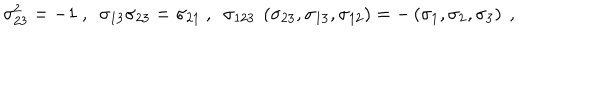
\sigma _ { 2 3 } ^ { 2 } = - 1 ~ , ~ ~ \sigma _ { 1 3 } \sigma _ { 2 3 } = \sigma _ { 2 1 } ~ , ~ ~ \sigma _ { 1 2 3 } ~ \left( \sigma _ { 2 3 } , \sigma _ { 1 3 } , \sigma _ { 1 2 } \right) = - \left( \sigma _ { 1 } , \sigma _ { 2 } , \sigma _ { 3 } \right) ~ ,